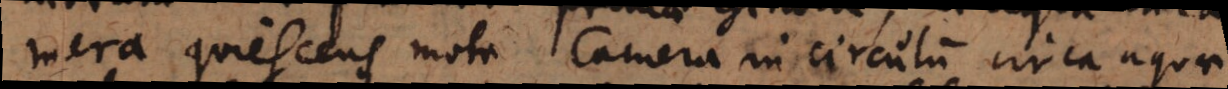
mera quiescens mota Camera in circulum circa aquae